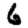
Digit: 6